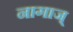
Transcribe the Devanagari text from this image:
नागाज्